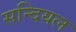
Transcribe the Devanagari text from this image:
सन्दियल